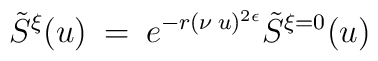
\tilde S^\xi(u) \> = \> e^{-r (\nu\>  u)^{2 \epsilon}} \tilde S^{\xi=0}(u)